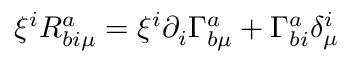
\xi ^ { i } R _ { b i \mu } ^ { a } = \xi ^ { i } \partial _ { i } \Gamma _ { b \mu } ^ { a } + \Gamma _ { b i } ^ { a } \delta _ { \mu } ^ { i }